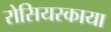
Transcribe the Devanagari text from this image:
रोसियस्काया